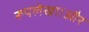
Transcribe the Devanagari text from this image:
रूपलेखा।और